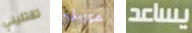
تقتليني موريل يساعد